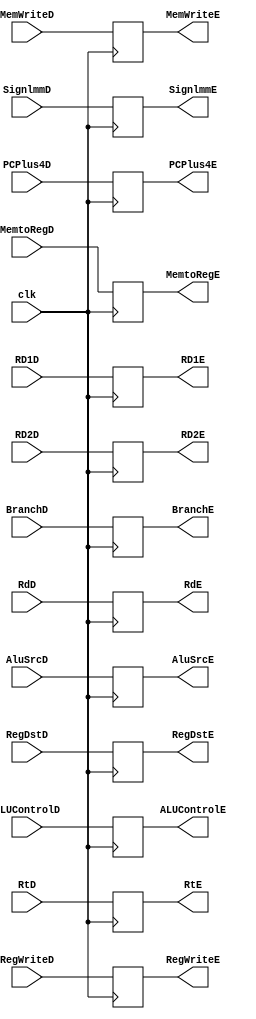
module  Latch_b(
    input           clk,
    input   [31:0]  RD1D,
    input   [31:0]  RD2D,
    input   [31:0]  SignlmmD,
    input   [31:0]  PCPlus4D,

    input           RegWriteD,
    input           MemtoRegD,
    input           MemWriteD,
    input           BranchD,
    input   [2:0]   ALUControlD,
    input           AluSrcD,
    input           RegDstD,

    input   [4:0]   RtD,
    input   [4:0]   RdD,


    output  reg    [31:0]  RD1E,
    output  reg    [31:0]  RD2E,
    output  reg    [31:0]  SignlmmE,
    output  reg    [31:0]  PCPlus4E,

    output  reg            RegWriteE,
    output  reg            MemtoRegE,
    output  reg             MemWriteE,
    output  reg             BranchE,
    output  reg    [2:0]    ALUControlE,
    output  reg      AluSrcE,
    output  reg     RegDstE,

    output  reg [4:0]   RtE,
    output  reg [4:0]   RdE
);

    always@(posedge clk)begin
        RD1E <= RD1D;
        RD2E <= RD2D;
        SignlmmE <= SignlmmD;
        PCPlus4E <= PCPlus4D;

        RegWriteE <= RegWriteD;
        MemtoRegE <= MemtoRegD;
        MemWriteE <= MemWriteD;
        BranchE <= BranchD;
        ALUControlE <= ALUControlD;
        AluSrcE <= AluSrcD;
        RegDstE <= RegDstD;

        RtE <= RtD;
        RdE <= RdD;
    end
endmodule